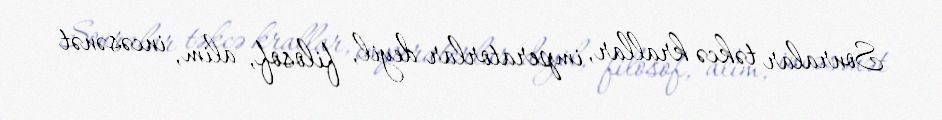
Sonralar təkcə krallar, imperatorlar deyil, filosof, alim, incəsənət